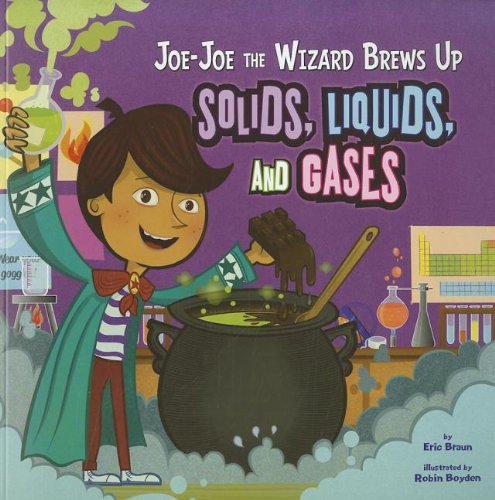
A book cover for Joe-Joe the Wizard Brews Up Solids, Liquids, and Gases (In the Science Lab); Eric Braun; Children's Books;